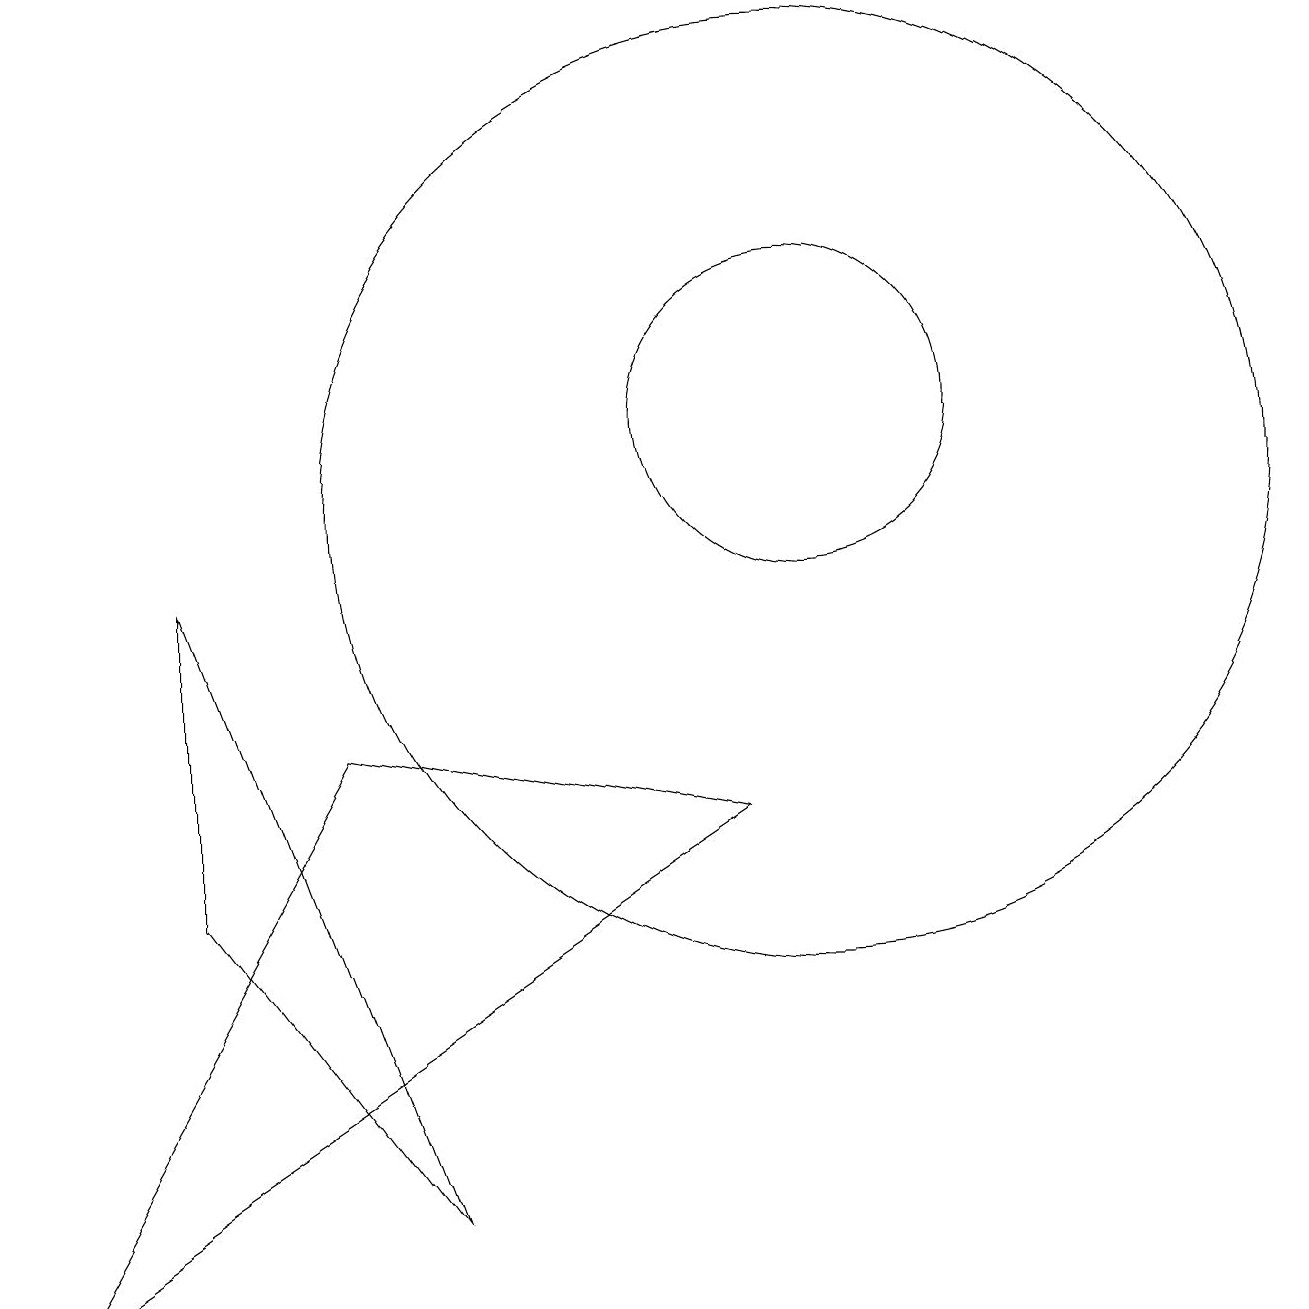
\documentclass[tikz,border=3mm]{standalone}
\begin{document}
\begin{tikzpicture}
\draw (2,5) -- (5,1) -- (2,9) -- cycle;
\draw (10,10) circle (6);
\draw (10,11) circle (2);
\draw (4,7) -- (0,0) -- (9,6) -- cycle;
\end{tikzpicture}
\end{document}